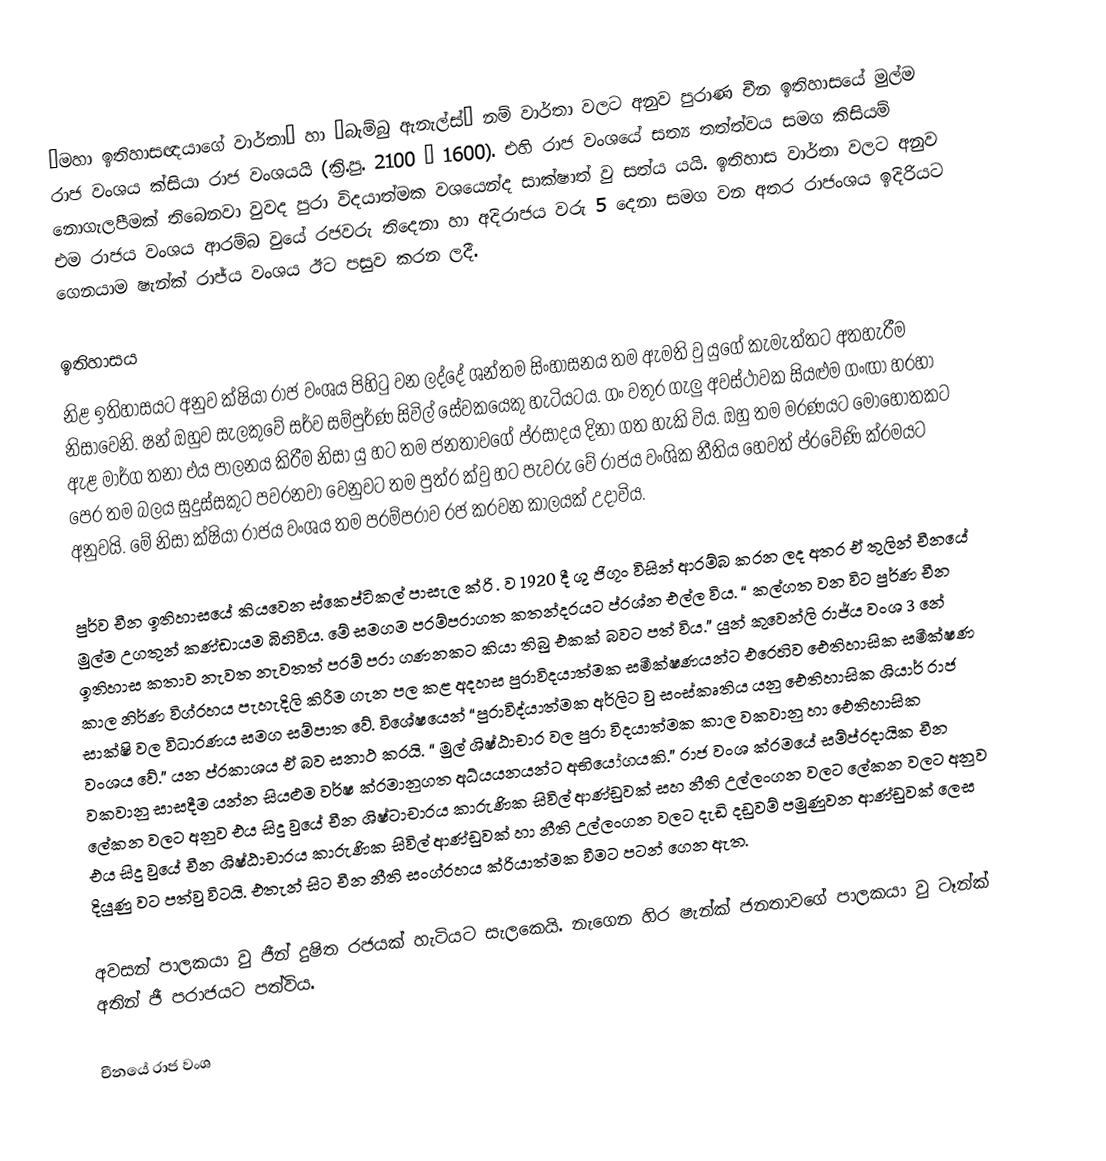
“මහා ඉතිහාසඥයාගේ වාර්තා” හා “බැම්බු ඇනැල්ස්” නම් වාර්තා වලට අනුව පුරාණ චීන ඉතිහාසයේ මුල්ම රාජ වංශය ක්සියා රාජ වංශයයි (ක්‍රි.පු. 2100 – 1600). එහි රාජ වංශයේ සත්‍ය තත්ත්වය සමග කිසියම් නොගැලපීමක් තිබෙනවා වුවද පුරා විදයාත්මක වශයෙන්ද සාක්ෂාත් වු සත්ය යයි. ඉතිහාස වාර්තා වලට අනුව එම රාජය වංශය ආරම්බ වුයේ රජවරු තිදෙනා හා අදිරාජය වරු 5 දෙනා සමග වන අතර රාජංශය ඉදිරියට ගෙනයාම ෂැන්ක් රාජ්ය වංශය ඊට පසුව කරන ලදී.

ඉතිහාසය
නිළ ඉතිහාසයට අනුව ක්ෂියා රාජ වංශය පිහිටු වන ලද්දේ ශන්තම සිංහාසනය තම ඇමති වු යුගේ කැමැත්තට අතහැරීම නිසාවෙනි. ෂන් ඔහුව සැලකුවේ සර්ව සම්පුර්ණ සිවිල් සේවකයෙකු හැටියටය. ගං වතුර ගැලු අවස්ථාවක සියළුම ගංඟා හරහා ඇළ මාර්ග තනා එය පාලනය කිරීම නිසා යු හට තම ජනතාවගේ ප්රසාදය දිනා ගත හැකි විය. ඔහු තම මරණයට මොහොතකට පෙර තම බලය සුදුස්සකුට පවරනවා වෙනුවට තම පුත්ර ක්වු හට පැවරු	වේ රාජය වංශික නීතිය හෙවත් ප්රවේණි ක්රමයට අනුවයි. මේ නිසා ක්ෂියා රාජය වංශය තම පරම්පරාව රජ කරවන කාලයක් උදාවිය.

පුර්ව චීන ඉතිහාසයේ කියවෙන ස්කෙප්ටිකල් පාසැල ක්රි . ව 1920 දී ශු ජිගූං විසින් ආරම්බ කරන ලද අතර ඒ තුලින් චීනයේ මුල්ම උගතුන් කණ්ඩායම බිහිවිය. මේ සමගම පරම්පරාගත කතන්දරයට ප්රශ්න එල්ල විය. “ කල්ගත වන විට පුර්ණ චීන ඉතිහාස කතාව නැවත නැවතත් පරම් පරා ගණනකට කියා තිබු එකක් බවට පත් විය.” යුන් කුවෙන්ලි රාජ්ය වංශ 3 නේ කාල නිර්ණ විග්රහය පැහැදිලි කිරීම ගැන පල කළ අදහස පුරාවිදයාත්මක සමීක්ෂණයන්ට එරෙහිව ඓතිහාසික සමීක්ෂණ සාක්ෂි වල විධාරණය සමග සම්පාත වේ. විශේෂයෙන් “පුරාවිද්යාත්මක අර්ලිට වු සංස්කෘතිය යනු ඓතිහාසික ශියාර් රාජ වංශය වේ.”  යන ප්රකාශය ඒ බව සනාථ කරයි. “ මුල් ශිෂ්ඨාචාර වල පුරා විදයාත්මක කාල වකවානු හා ඓතිහාසික වකවානු සාසදීම යන්න සියළුම වර්ෂ ක්රමානුගත අධ්යයනයන්ට අභියෝගයකි.” රාජ වංශ ක්රමයේ සම්ප්රදායික චීන ලේකන වලට අනුව එය සිදු වුයේ චීන ශිෂ්ටාචාරය කාරුණික සිවිල් ආණ්ඩුවක් සහ නීති උල්ලංගන වලට ලේකන වලට අනුව එය සිදු වුයේ චීන ශිෂ්ඨාචාරය කාරුණික සිවිල් ආණ්ඩුවක් හා නීති උල්ලංගන වලට දැඩි දඩුවම් පමුණුවන ආණ්ඩුවක් ලෙස දියුණු වට පත්වු විටයි. එතැන් සිට චීන නීති සංග්රහය ක්රියාත්මක වීමට පටන් ගෙන ඇත.

අවසන් පාලකයා වු ජීන් දුෂිත රජයක් හැටියට සැලකෙයි. නැගෙන හිර ෂැන්ක් ජනතාවගේ පාලකයා වු ටෑන්ක් අතින් ජී පරාජයට පත්විය.

චීනයේ රාජ වංශ